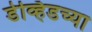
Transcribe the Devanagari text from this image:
डेव्हिडच्या